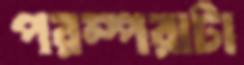
পরম্পরাটা